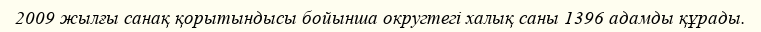
2009 жылғы санақ қорытындысы бойынша округтегі халық саны 1396 адамды құрады.